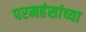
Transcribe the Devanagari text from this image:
परमहंसांच्या